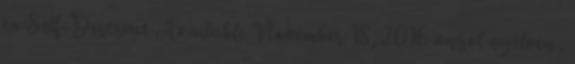
to Self-Destruct Available November 18, 2016 angol nyelven .